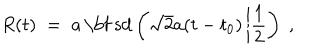
LaTeX: R ( t ) \; = \; a \, \mathrm { \bf ~ s d } \left( \sqrt { 2 } a ( t - t _ { 0 } ) \left| \frac { 1 } { 2 } \right. \right) \; ,